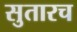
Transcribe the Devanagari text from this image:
सुतारच